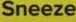
Sneeze